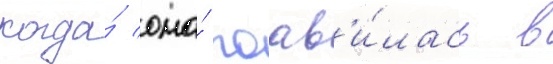
когда́ она́ поав'и́лась в